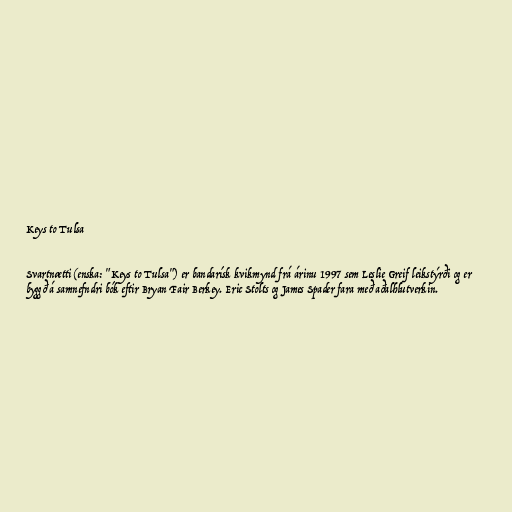
Keys to Tulsa

Svartnætti (enska: "Keys to Tulsa") er bandarísk kvikmynd frá árinu 1997 sem Leslie Greif leikstýrði og er
byggð á samnefndri bók eftir Bryan Fair Berkey. Eric Stolts og James Spader fara með aðalhlutverkin.